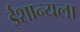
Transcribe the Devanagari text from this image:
ईशान्यला